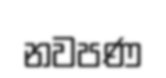
නවපණ